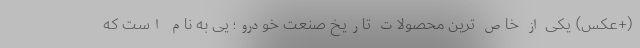
(+عکس) یکی از خاص ترین محصولات تاریخ صنعت خودرو؛ یی به نام است که